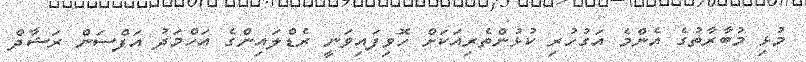
މުޅި މުބާރާތުގެ އެންމެ އަގުހުރި ކުޅުންތެރިއަކަށް ހޮވިފައިވަނީ ރެޑްލައިންގެ އަހްމަދު އަފްސަން ރަޝާދް